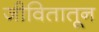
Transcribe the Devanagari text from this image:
जीवितातून